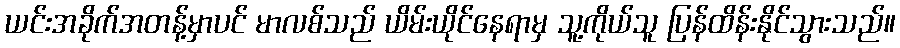
ယင်းအခိုက်အတန့်မှာပင် မာလစ်သည် ယိမ်းယိုင်နေရာမှ သူ့ကိုယ်သူ ပြန်ထိန်းနိုင်သွားသည်။